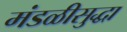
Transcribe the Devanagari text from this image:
मंडळीसुद्धा